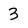
Character: 3